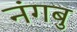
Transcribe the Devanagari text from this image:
नंगबु